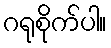
ဂရုစိုက်ပါ။